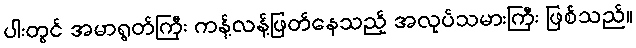
ပါးတွင် အမာရွတ်ကြီး ကန့်လန့်ဖြတ်နေသည့် အလုပ်သမားကြီး ဖြစ်သည်။